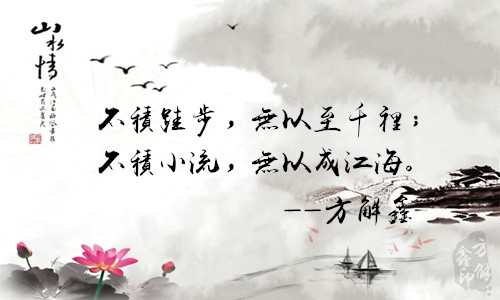
不积小流，无以成江海。